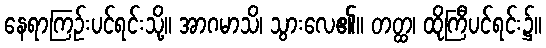
နေရာကြဉ်းပင်ရင်းသို့။ အာဂမာသိ၊ သွားလေ၏။ တတ္ထ၊ ထိုကြီပင်ရင်း၌။